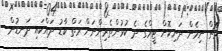
މެޗް ނިމެން ދަނިކޮށް ޓީމްގެ ދެ ކުޅުންތެރިންނަށް ރަތް ކާޑު ދައްކައި ދަނޑުން